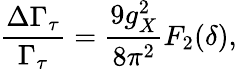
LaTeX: {\frac{\Delta\Gamma_{\tau}}{\Gamma_{\tau}}}={\frac{9g_{X}^{2}}{8\pi^{2}}}F_{2}(\delta),